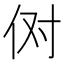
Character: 𫢘